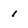
Character: 1